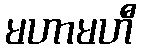
မဟာမဟီ